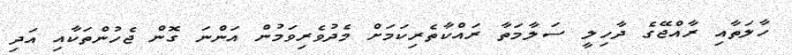
ހާލަތާއި ރާއްޖޭގެ ދާހިލީ ސަލާމަތާ ރައްކާތެރިކަމަށް މެދުވެރިވަމުން އަންނަ ގޮން ޖެހުންތަކާއި އަދި